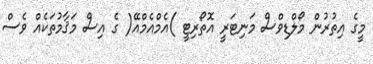
މީގެ އިތުރުން މޯލްޑިވްސް މަނިޓަރީ އޮތޯރިޓީ )އެމްއެމްއޭ( ގެ އިސް މަޤާމުތަކެއް ވެސް